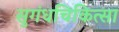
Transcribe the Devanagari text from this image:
सुगंधचिकित्सा